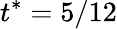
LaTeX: t^{*}=5/12